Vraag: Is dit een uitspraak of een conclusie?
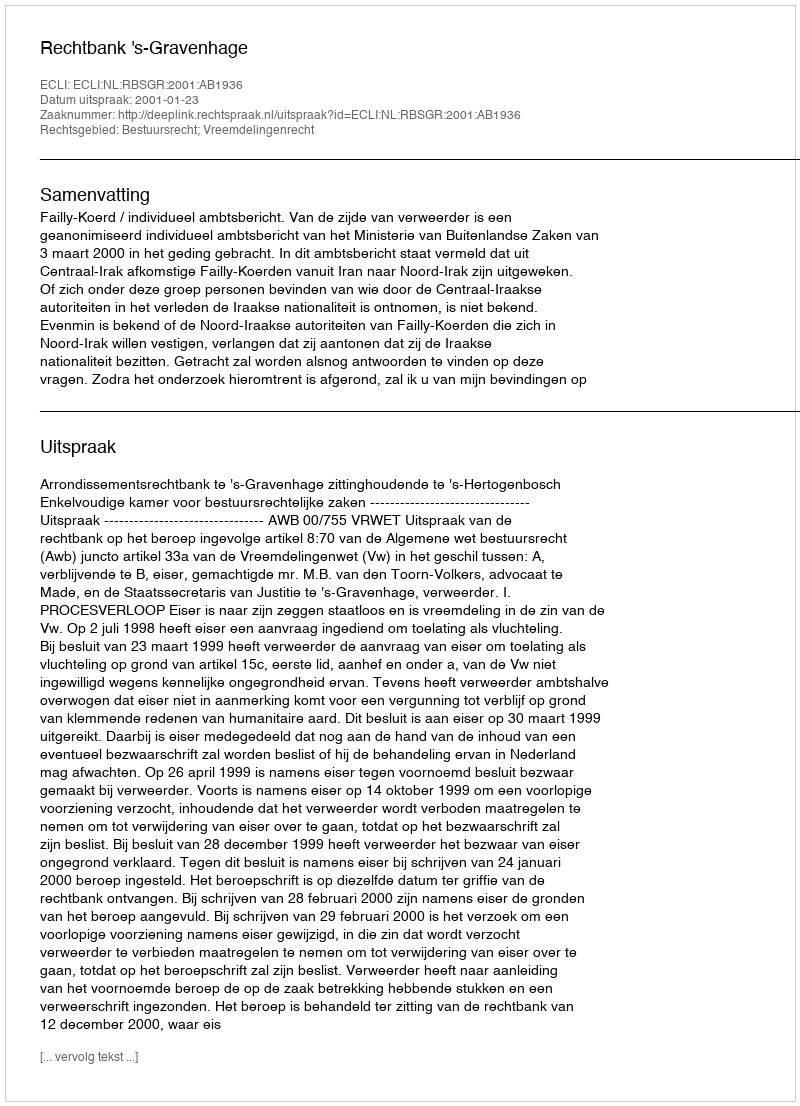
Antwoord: Uitspraak